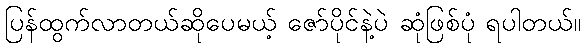
ပြန်ထွက်လာတယ်ဆိုပေမယ့် ဇော်ပိုင်နဲ့ပဲ ဆုံဖြစ်ပုံ ရပါတယ်။